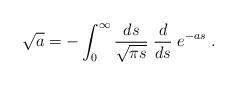
LaTeX: \begin{align*}\sqrt{a} = - \int_0^{\infty} \frac {d s} {\sqrt{ \pi s}} \; \frac {d} {d s} \; e^{- a s} \; .\end{align*}